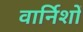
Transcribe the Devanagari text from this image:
वार्निशों